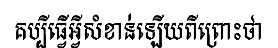
គប្បីធ្វើអ្វីសំខាន់ឡើយពីព្រោះថា